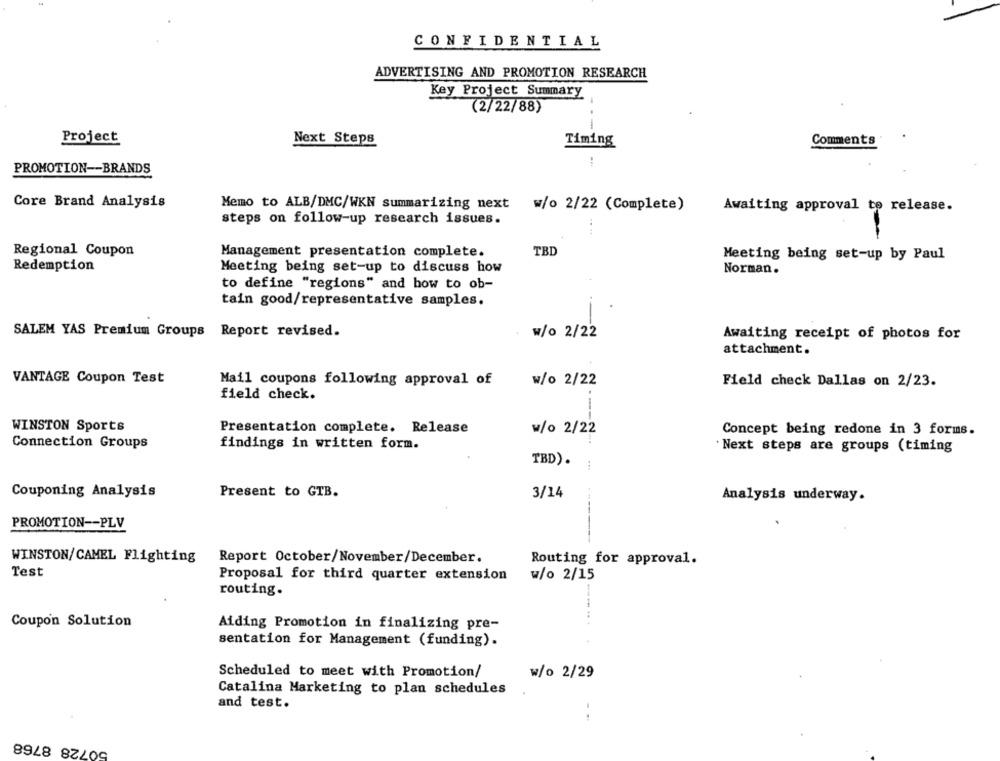
CONFIDENTIAL
ADVERTISING AND PROMOTION RESEARCH
Key Project Summary
(2/22/88)
Project
Next Steps
Timing
Comments
:
PROMOTION -- BRANDS
Core Brand Analysis
Memo to ALB/DMC/WKN summarizing next
w/o 2/22 (Complete)
Awaiting approval to release.
steps on follow-up research issues.
Regional Coupon
TBD
Management presentation complete.
Meeting being set-up by Paul
Redemption
Meeting being set-up to discuss how
Norman.
to define "regions" and how to ob-
tain good/representative samples.
SALEM YAS Premium Groups Report revised.
w/o 2/22
Awaiting receipt of photos for
attachment.
VANTAGE Coupon Test
Mail coupons following approval of
w/o 2/22
Field check Dallas on 2/23.
field check.
WINSTON Sports
Presentation complete. Release
w/o 2/22
Concept being redone in 3 forms.
Connection Groups
findings in written form.
· Next steps are groups (timing
TBD).
Couponing Analysis
Present to GTB.
3/14
Analysis underway.
PROMOTION -- PLV
WINSTON/CAMEL Flighting
Report October/November/December.
Routing for approval.
Test
Proposal for third quarter extension
w/o 2/15
routing.
Coupon Solution
Aiding Promotion in finalizing pre-
sentation for Management (funding).
Scheduled to meet with Promotion/
w/o 2/29
Catalina Marketing to plan schedules
and test.
--
50728 8768